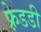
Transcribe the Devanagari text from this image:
फ़्रेडडी